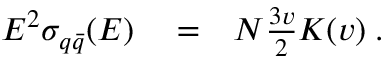
\begin{array} { r l r } { E ^ { 2 } \sigma _ { q \bar { q } } ( E ) } & { { } = } & { N \frac { 3 v } { 2 } K ( v ) \; . } \end{array}